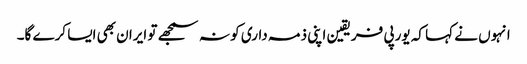
انہوں نے کہا کہ یورپی فریقین اپنی ذمہ داری کو نہ سمجھے تو ایران بھی ایسا کرے گا۔